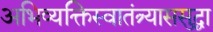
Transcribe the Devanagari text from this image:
अभिव्यक्तिस्वातंत्र्याससुद्धा